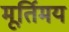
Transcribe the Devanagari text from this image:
मूर्तिमय